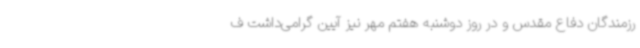
رزمندگان دفاع مقدس و در روز دوشنبه هفتم مهر نیز آیین گرامی‌داشت ف